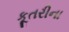
કૂતરીના